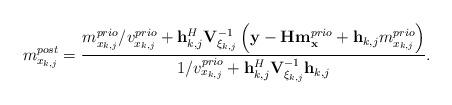
LaTeX: \begin{align*}m_{x_{k,j}}^{post} = \frac{ m_{x_{k,j}}^{prio} / v_{x_{k,j}}^{prio} + \mathbf{h}_{k,j}^H \mathbf{V}_{\xi_{k,j}} ^{-1} \left( \mathbf{y}- \mathbf{H} \mathbf{m}_\mathbf{x}^{prio} + \mathbf{h}_{k,j} m_{x_{k,j}}^{prio} \right)}{1/v_{x_{k,j}}^{prio} + \mathbf{h}_{k,j}^H \mathbf{V}_{\xi_{k,j}} ^{-1} \mathbf{h}_{k,j}}.\end{align*}